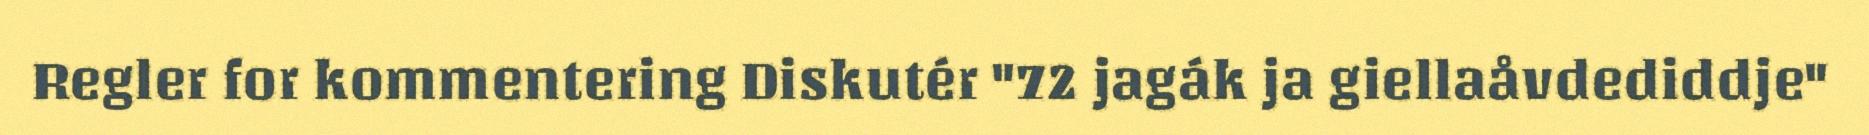
Regler for kommentering Diskutér "72 jagák ja giellaåvdediddje"